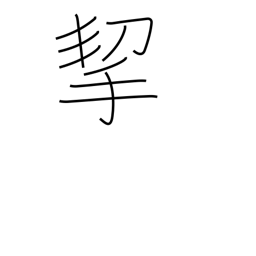
Meaning: carry by hand